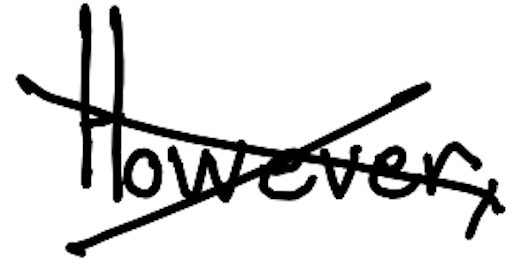
Text: However,
Cross-out: cross
Writing tool: digital_black